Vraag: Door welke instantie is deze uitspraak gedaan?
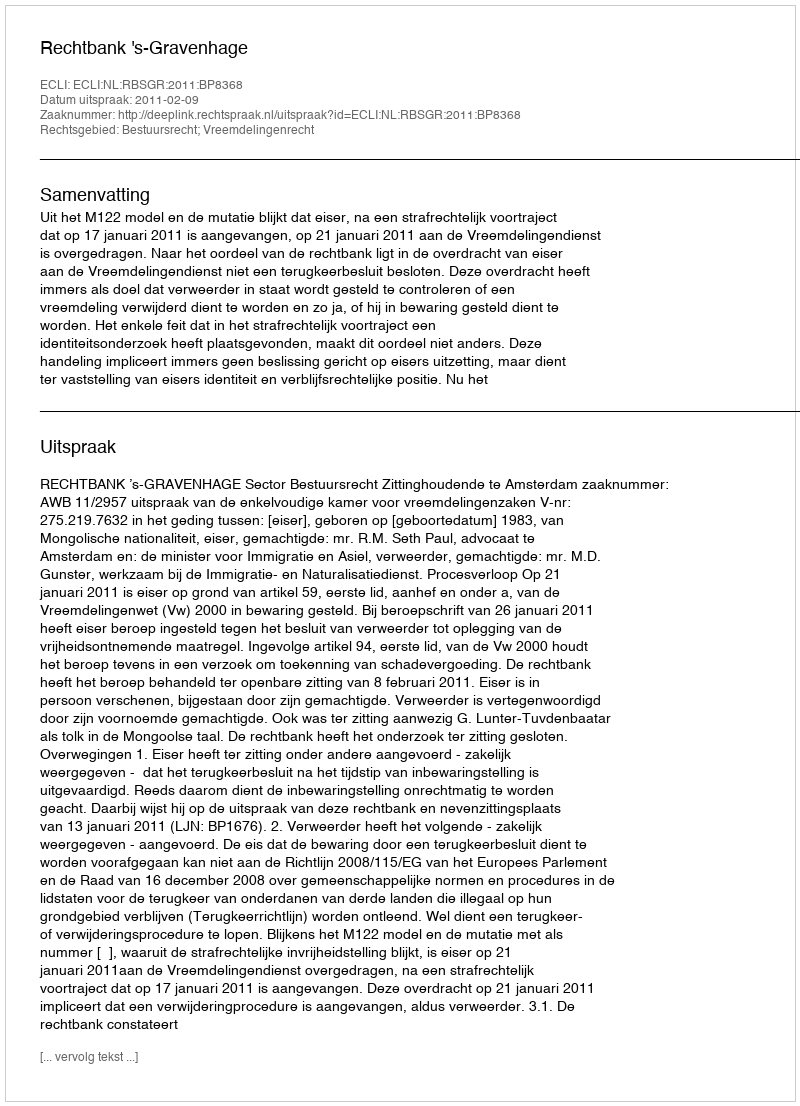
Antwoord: Rechtbank 's-Gravenhage